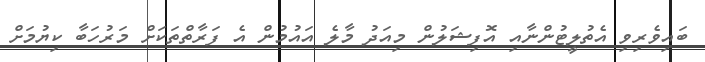
ބައިވެރިވި އެތުލީޓުންނާއި އޮފިޝަލުން މިއަދު މާލެ އައުމުން އެ ފަރާތްތަކަށް މަރުހަބާ ކިޔުމަށް